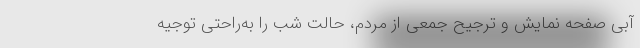
آبیِ صفحه‌ نمایش و ترجیح جمعی از مردم، حالت شب را به‌راحتی توجیه